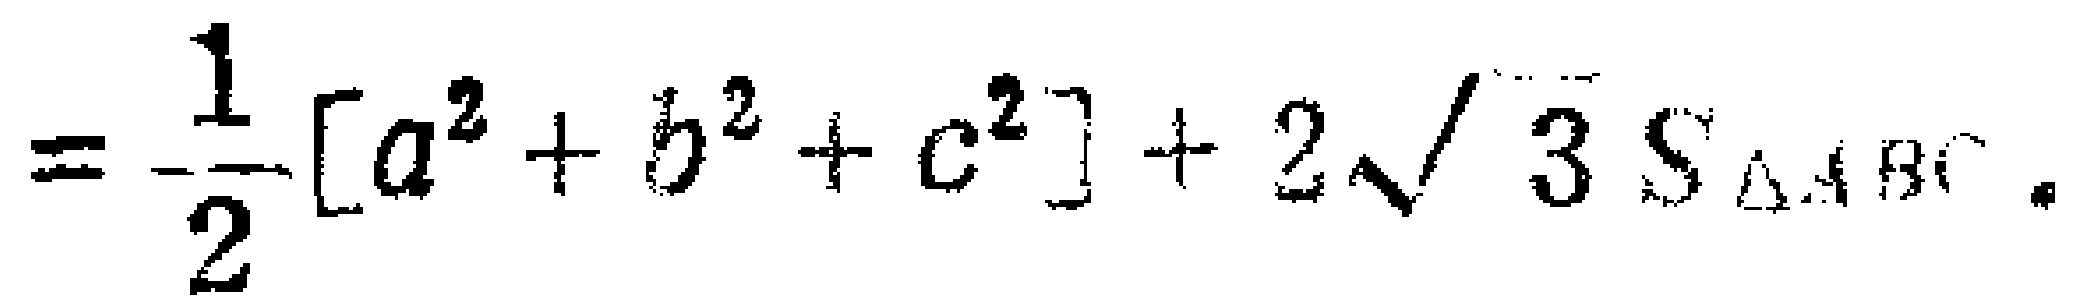
$=\frac{1}{2}[a^{2}+b^{2}+c^{2}]+2\sqrt{3}S_{\triangle ABC}.$